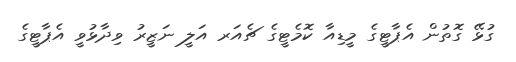
ގުޅޭ ގޮތުން އެޕާޓީގެ މީޑިއާ ކޮމެޓީގެ ޗެއަރ އަލީ ނަޒީރު ވިދާޅުވީ އެޕާޓީގެ